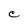
Character: C